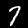
Label: 7